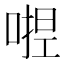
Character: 𭉛